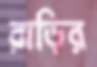
রাড়ির